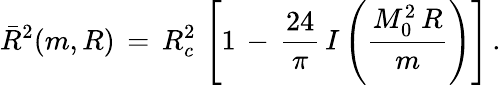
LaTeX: \bar{R}^{2}(m,R)\, =\, R_{c}^{2}\, \left[1\, -\, \frac{24}{\pi}\, I\left(\frac{M_{0}^{2}\, R}{m}\right)\right]\, {.}